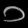
Digit: ၁